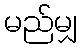
မည်မျှ